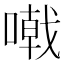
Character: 𠽤